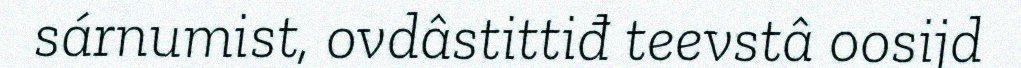
sárnumist, ovdâstittiđ teevstâ oosijd